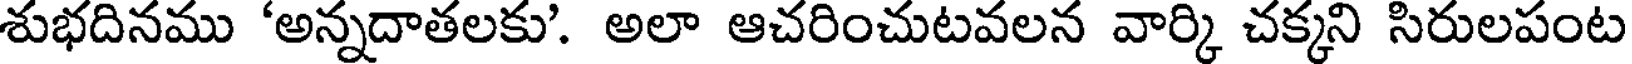
శుభదినము 'అన్నదాతలకు'. అలా ఆచరించుటవలన వార్కి చక్కని సిరులపంట